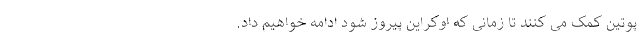
پوتین کمک می کنند تا زمانی که اوکراین پیروز شود ادامه خواهیم داد.